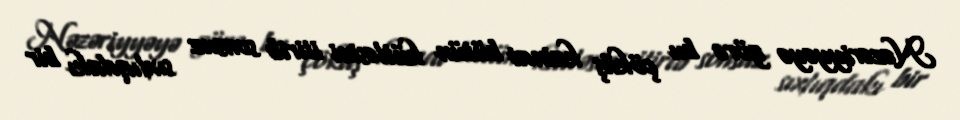
Nəzəriyyəyə görə bu çöküş kainat bütün kütləsini itirib sonsuz sıxlıqdakı bir